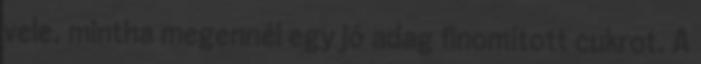
vele, mintha megennél egy jó adag finomított cukrot. A